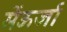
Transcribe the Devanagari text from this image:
मेंऊर्जा